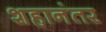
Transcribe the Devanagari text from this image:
शहानंतर